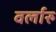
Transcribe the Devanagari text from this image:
वर्लारु